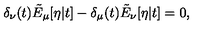
\delta _ { \nu } ( t ) \tilde { E } _ { \mu } [ \eta | t ] - \delta _ { \mu } ( t ) \tilde { E } _ { \nu } [ \eta | t ] = 0 ,